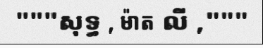
"""សុទ្ធ , ម៉ាត លី ,"""